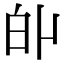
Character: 𤽆